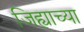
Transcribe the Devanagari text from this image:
जिह्याच्या